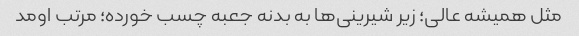
مثل همیشه عالی؛ زیر شیرینی‌ها به بدنه جعبه چسب خورده؛ مرتب اومد